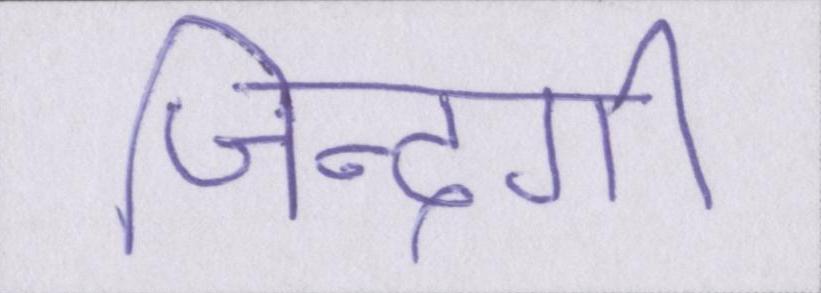
जिन्दगी